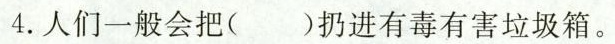
4.人们一般会把（ ）扔进有毒有害垃圾箱。